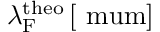
\lambda _ { \mathrm { F } } ^ { \mathrm { t h e o } } \, [ \mathrm { \ m u m } ]